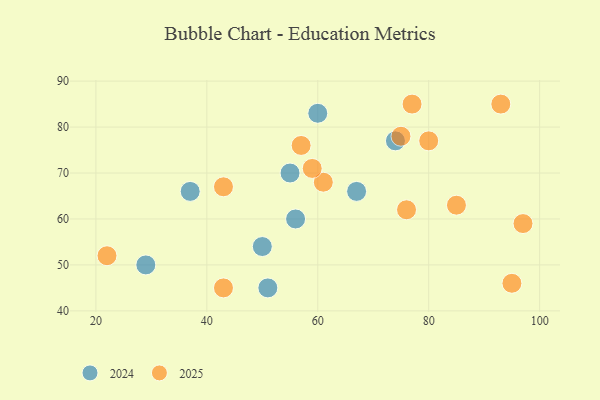
{"axis": {"x": "GDP", "y": "Life Expectancy"}, "legend": ["2024", "2025"], "data": [{"x": "60", "y": 83, "type": "2024"}, {"x": "74", "y": 77, "type": "2024"}, {"x": "29", "y": 50, "type": "2024"}, {"x": "37", "y": 66, "type": "2024"}, {"x": "51", "y": 45, "type": "2024"}, {"x": "67", "y": 66, "type": "2024"}, {"x": "56", "y": 60, "type": "2024"}, {"x": "50", "y": 54, "type": "2024"}, {"x": "55", "y": 70, "type": "2024"}, {"x": "61", "y": 68, "type": "2025"}, {"x": "95", "y": 46, "type": "2025"}, {"x": "85", "y": 63, "type": "2025"}, {"x": "75", "y": 78, "type": "2025"}, {"x": "77", "y": 85, "type": "2025"}, {"x": "43", "y": 67, "type": "2025"}, {"x": "43", "y": 45, "type": "2025"}, {"x": "57", "y": 76, "type": "2025"}, {"x": "97", "y": 59, "type": "2025"}, {"x": "93", "y": 85, "type": "2025"}, {"x": "76", "y": 62, "type": "2025"}, {"x": "59", "y": 71, "type": "2025"}, {"x": "22", "y": 52, "type": "2025"}, {"x": "80", "y": 77, "type": "2025"}]}